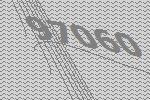
97060